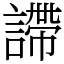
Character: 𧫚